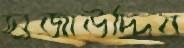
সুজাউদ্দিন